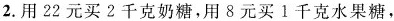
2. 用 22 元买 2 千克奶糖，用 8 元买 1 千克水果糖，